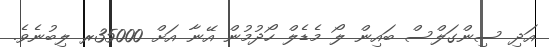
އަދި ސިންގަލްސް ބައިން ލޯ މެޑެލް ހޯދުމުން އޭނާ އަށް 35000ރ ލިބުނެވެ.